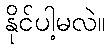
နိုင်ပါ့မလဲ။